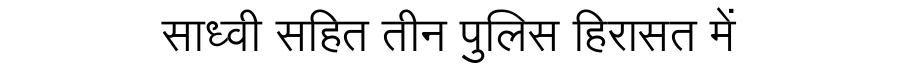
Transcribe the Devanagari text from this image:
साध्वी सहित तीन पुलिस हिरासत में